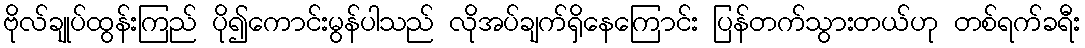
ဗိုလ်ချုပ်ထွန်းကြည် ပို၍ကောင်းမွန်ပါသည် လိုအပ်ချက်ရှိနေကြောင်း ပြန်တက်သွားတယ်ဟု တစ်ရက်ခရီး